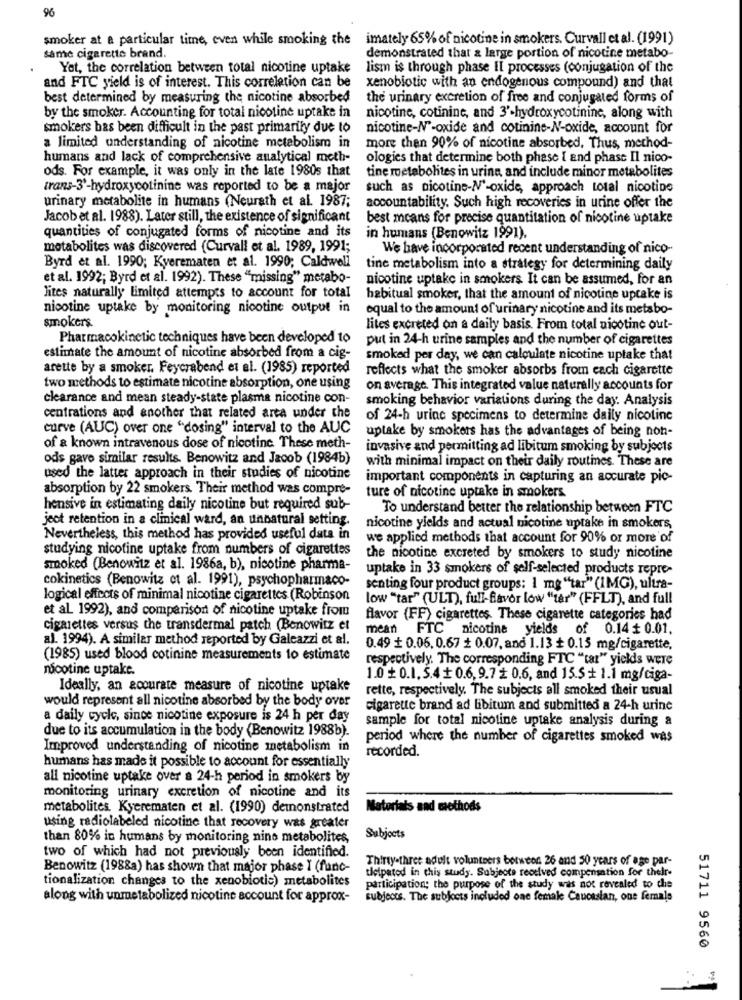
96
smoker at a particular time, even while smoking the imately 65% of nicotine in smokers. Curvall et al. (1991)
same cigarette brand.
demonstrated that a large portion of nicotine metabo-
Yet, the correlation between total nicotine uptake
lism is through phase II processes (conjugation of the
and FTC yield is of interest. This correlation can be
xenobiotic with an endogenous compound) and that
best determined by measuring the nicotine absorbed
the urinary excretion of free and conjugated forms of
by the smoker. Accounting for total nicotine uptake in
nicotine, cotinine, and 3'-hydroxycotinine, along with
smokers has been difficult in the past primarily due to
nicotine-N'-oxide and cotinine-N-oxide, account for
a limited understanding of nicotine metabolism in
more then 90% of nicotine absorbed, Thus, method-
humans and lack of comprehensive analytical meth-
ologies that determine both phase { and phase Il nico-
ods. For example, it was only in the late 1980s that
tine metabolites in urina and include minor metabolites
trans-3'-hydroxycotinine was reported to be a major
such as nicotine-N'-oxide, approach total nicotine
urinary metabolite in humans (Neurath et al. 1987;
accountability. Such high recoveries in urine offer the
Jacob et al. 1988). Later still, the existence of significant
best means for precise quantitation of nicotine uptake
quantities of conjugated forms of nicotine and its
in humans (Benowitz 1991).
metabolites was discovered (Curvall et al. 1989, 1991;
We have incorporated recent understanding of nico-
Byrd et al. 1990; Kyerematen et al. 1990; Caldwell
tine metabolism into a strategy for determining daily
et al. 1992; Byrd et al. 1992). These "missing" metabo-
nicotine uptake in smokers It can be assumed, for an
lites naturally limited attempts to account for total
habitual smoker, that the amount of nicotine uptake is
nicotine uptake by monitoring nicotine output in
equal to the amount of urinary nicotine and its metabo-
smokers
lites excreted on a daily basis. From total nicotine out-
Pharmacokinetic techniques have been developed to
put in 24-h urine samples and the number of cigarettes
estimate the amount of nicotine absorbed from a cig-
smoked per day, we can calculate nicotine uptake that
arette by a smoker. Feyerabend et al. (1985) reported
reflects what the smoker absorbs from each cigarette
two methods to estimate nicotine absorption, one using
on average. This integrated value naturally accounts for
clearance and mean steady-state plasma nicotine con-
smoking behavior variations during the day. Analysis
centrations and another that related arta under the
of 24-h urine specimens to determine daily nicotine
curve (AUC) over one "dosing" interval to the AUC
uptake by smokers has the advantages of being non-
of a known intravenous dose of nicotine These meth-
invasive and permitting ad libitum smoking by subjects
ods gave similar results. Benowitz and Jacob (1984b)
with minimal impact on their daily routines. These are
used the latter approach in their studies of nicotine
important components in capturing an accurate pic-
absorption by 22 smokers. Their method was compre-
ture of nicotine uptake in smokers
hensive in estimating daily nicotine but required sub-
To understand better the relationship between FTC
jeot retention in a clinical ward, an unnatural setting.
nicotine yields and actual nicotine uptake in smokers,
Nevertheless, this method has provided useful data in
we applied methods that account for 90% or more'of
studying nicotine uptake from numbers of cigarettes
the nicotine excreted by smokers to study nicotine
smoked (Benowitz et al. 1986a, b), nicotine pharma-
uptake in 33 smokers of self-selected products repre-
cokinetics (Benowitz et al. 1991), psychopharmaco-
senting four product groups: 1 mg "tar" (1MG), ultra-
logical effects of minimal nicotine cigarettes (Robinson
low "tar" (ULT), full-favor low "tar" (FFLT), and full
et al 1992), and comparison of nicotine uptake from
flavor (FF) cigarettes. These cigarette categories had
cigarettes versus the transdermal patch (Benowitz et
mean FTC nicotine yields of 0.14 + 0.01.
al. 1994). A similar method reported by Galeazzi et al.
0.49 + 0.06. 0.67 + 0.07, and 1.13 + 0.15 mg/cigarette,
(1985) used blood cotinine measurements to estimate
respectively. The corresponding FTC "tar" yields were
nicotine uptake.
1.0 + 0.1.5.4+ 0.6, 9.72 0.6, and 15.5 + 1.1 mg/ciga-
Ideally, an accurate measure of nicotine uptake
rette, respectively. The subjects all smoked their usual
would represent all nicotine absorbed by the body over
cigarette brand ad libitum and submitted a 24-h urine
a daily cycle, since nicotine exposure is 24 h per day
sample for total nicotine uptake analysis during a
due to its accumulation in the body (Benowitz 1988b).
period where the number of cigarettes smoked was
Improved understanding of nicotine metabolism in
recorded.
humans has made it possible to account for essentially
all nicotine uptake over a 24-h period in smokers by
monitoring urinary excretion of nicotine and its
metabolites. Kyerematen et al. (1990) demonstrated
Materials and methods
using radiolabeled nicotine that recovery was greater
than 80% in humans by monitoring nine metabolites,
Subjects
two of which had not previously been identified.
Thirty-three adult volunteers between 26 and 50 years of age par-
Benowitz (1988a) has shown that major phase I (func-
tietpatod in this study. Subjects received compensation for their-
tionalization changes to the xenobiotic) metabolites
participation: the purpose of the study was not revealed to che
along with unmetabolized nicotine account for approx-
subjects. The subjects included one female Caucasian, one female
51711 9560